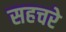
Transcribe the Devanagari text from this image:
सहचरे